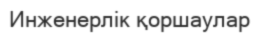
Инженерлік қоршаулар